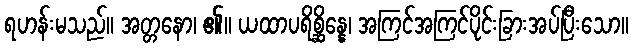
ရဟန်းမသည်။ အတ္တနော၊ ၏။ ယထာပရိစ္ဆိန္နေ၊ အကြင်အကြင်ပိုင်းခြားအပ်ပြီးသော။